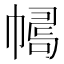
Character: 𢄛